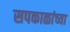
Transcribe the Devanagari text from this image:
सपकाळांच्या